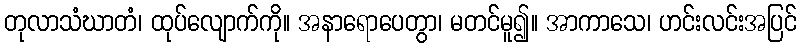
တုလာသံဃာတံ၊ ထုပ်လျောက်ကို။ အနာရောပေတွာ၊ မတင်မူ၍။ အာကာသေ၊ ဟင်းလင်းအပြင်